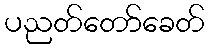
ပညတ်တော်ခေတ်